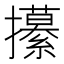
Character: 𭣎